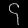
Digit: ၄